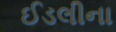
ઈડલીના